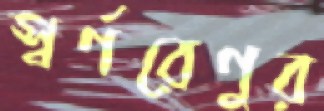
স্বর্ণরেণুর